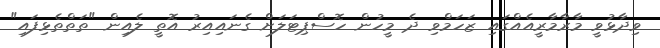
ވިދާޅުވީ މާރާމާރީއެއްގައި ޒަހަމްވި ދެ މީހުން ހޮސްޕިޓަލަށް ގެނައިއިރު އޮތީ ލެއިން "ތަތްތެޅިފައި"